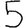
Digit: 5